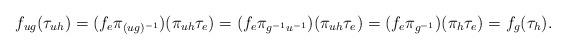
LaTeX: \begin{align*}f_{ug}(\tau_{uh})&=(f_e \pi_{(ug)^{-1}})(\pi_{uh} \tau_e)=(f_e \pi_{g^{-1}u^{-1}})(\pi_{uh} \tau_e)=(f_e\pi_{g^{-1}})(\pi_{h} \tau_e)=f_g(\tau_h).\end{align*}